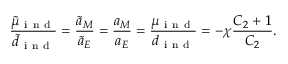
\frac { \tilde { \mu } _ { \mathrm { ~ i ~ n ~ d ~ } } } { \tilde { d } _ { \mathrm { ~ i ~ n ~ d ~ } } } = \frac { \tilde { a } _ { M } } { \tilde { a } _ { E } } = \frac { a _ { M } } { a _ { E } } = \frac { \mu _ { \mathrm { ~ i ~ n ~ d ~ } } } { d _ { \mathrm { ~ i ~ n ~ d ~ } } } = - \chi \frac { C _ { 2 } + 1 } { C _ { 2 } } .